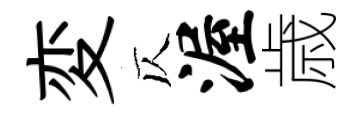
変仄渥歳